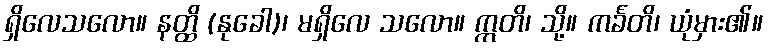
ရှိလေသလော။ နတ္ထိ (နုခေါ)၊ မရှိလေ သလော။ ဣတိ၊ သို့။ ကင်္ခတိ၊ ယုံမှား၏။